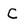
Character: C